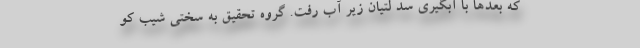
که بعدها با آبگیری سد لتیان زیر آب رفت. گروه تحقیق به سختی شیب کو